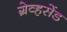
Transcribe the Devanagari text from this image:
ग्रेव्हसेंड